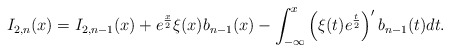
\begin{align*}I_{2,n}(x)=I_{2,n-1}(x)+e^{\frac{x}{2}}\xi(x)b_{n-1}(x)-\int_{-\infty}^{x}\left( \xi(t)e^{\frac{t}{2}}\right) ^{\prime}b_{n-1}(t)dt. \end{align*}